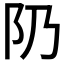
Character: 𨸐